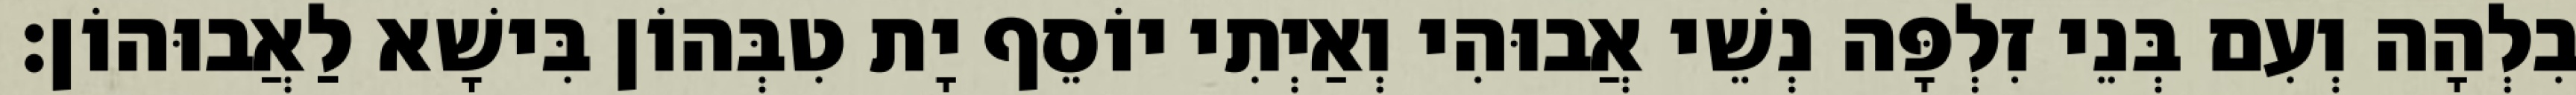
בִלְהָה וְעִם בְּנֵי זִלְפָּה נְשֵׁי אֲבוּהִי וְאַיְתִי יוֹסֵף יָת טִבְּהוֹן בִּישָׁא לַאֲבוּהוֹן׃